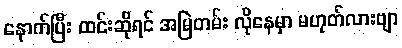
နောက်ပြီး ထင်းဆိုရင် အမြဲတမ်း လိုနေမှာ မဟုတ်လားဗျာ